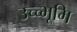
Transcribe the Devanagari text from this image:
उच्च्भूमि